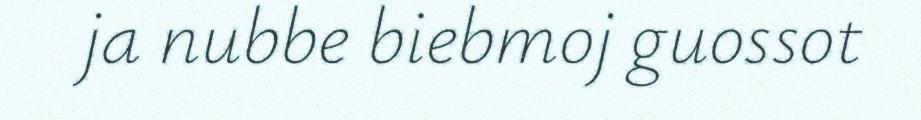
ja nubbe biebmoj guossot